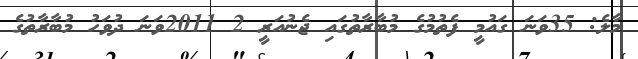
މާލެ: 35ވަނަ ގައުމީ ފެތުމުގެ މުބާރާތުގައި ޖެނުއަރީ 2 2011ވަނަ ދުވަހު މުބާރާތުގެ